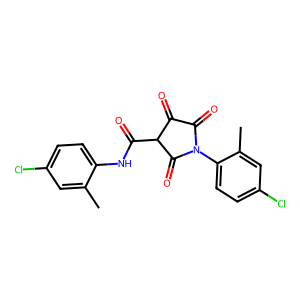
SMILES: Cc1cc(Cl)ccc1NC(=O)C1C(=O)C(=O)N(c2ccc(Cl)cc2C)C1=O
Inhibits HIV replication: No